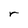
Character: r